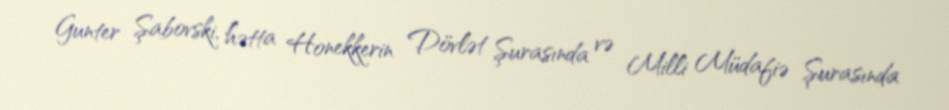
Gunter Şabovski, hətta Honekkerin Dövlət Şurasında və Milli Müdafiə Şurasında